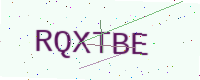
Text: RQXTBE